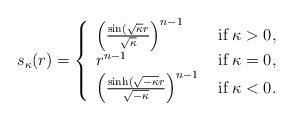
\begin{align*}s_\kappa (r)=\left\{\begin{array}{ll}\left(\frac{\sin (\sqrt{\kappa}r}{\sqrt{\kappa}}\right)^{n-1}\;\; &\textrm{if}\; \kappa >0,\\r^{n-1} &\textrm{if}\; \kappa =0,\\\left(\frac{\sinh (\sqrt{-\kappa}r}{\sqrt{-\kappa}}\right)^{n-1}\ &\textrm{if}\; \kappa <0.\end{array}\right.\end{align*}